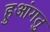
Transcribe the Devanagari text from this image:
हुआंगतु